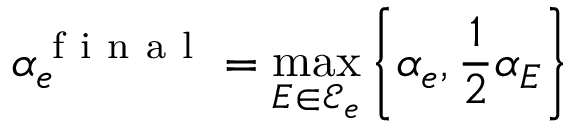
\alpha _ { e } ^ { \mathrm { ~ f ~ i ~ n ~ a ~ l ~ } } = \operatorname* { m a x } _ { E \in \mathcal { E } _ { e } } \left\{ \alpha _ { e } , \frac { 1 } { 2 } \alpha _ { E } \right\}